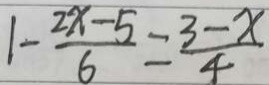
1 - \frac { 2 x - 5 } { 6 } = \frac { 3 - x } { 4 }